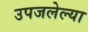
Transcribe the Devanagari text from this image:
उपजलेल्या